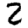
Digit: 2